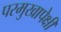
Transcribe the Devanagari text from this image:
परमुखापेक्षी